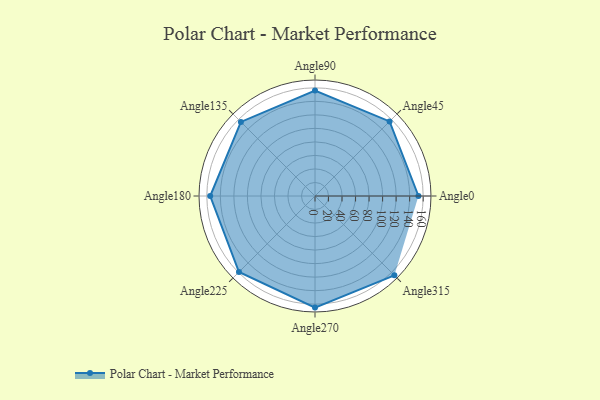
{"axis": {"x": "Angle", "y": "Radius"}, "legend": [""], "data": [{"x": "Angle0", "y": 153.0, "type": ""}, {"x": "Angle45", "y": 156.0, "type": ""}, {"x": "Angle90", "y": 156.0, "type": ""}, {"x": "Angle135", "y": 155.0, "type": ""}, {"x": "Angle180", "y": 155.0, "type": ""}, {"x": "Angle225", "y": 159.0, "type": ""}, {"x": "Angle270", "y": 165.0, "type": ""}, {"x": "Angle315", "y": 166.0, "type": ""}]}